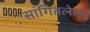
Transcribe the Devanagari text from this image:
सांगितलेलं